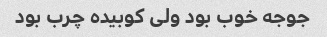
جوجه خوب بود ولی کوبیده چرب بود